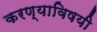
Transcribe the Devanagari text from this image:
करण्‍याविषयी